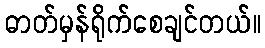
ဓာတ်မှန်ရိုက်စေချင်တယ်။